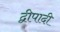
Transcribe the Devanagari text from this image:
द्वीपादी